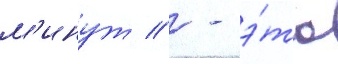
м'инут // - э́то